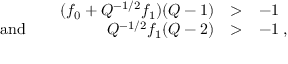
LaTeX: \begin{array} { l r l l } { { } } & { { ( f _ { 0 } + Q ^ { - 1 / 2 } f _ { 1 } ) ( Q - 1 ) } } & { { > } } & { { - 1 } } \\ { { \mathrm { ~ a n d ~ } \; \; \; } } & { { Q ^ { - 1 / 2 } f _ { 1 } ( Q - 2 ) } } & { { > } } & { { - 1 \; , } } \end{array}